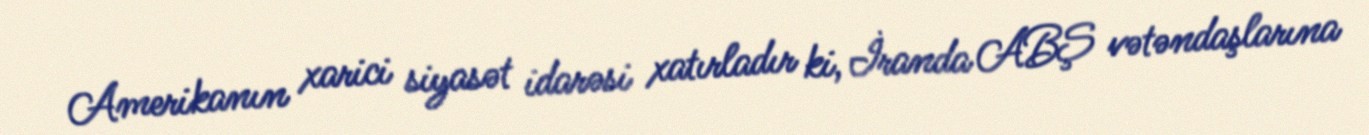
Amerikanın xarici siyasət idarəsi xatırladır ki, İranda ABŞ vətəndaşlarına